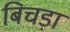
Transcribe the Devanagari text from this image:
बिचड़ा